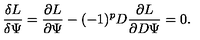
{ \frac { \delta L } { \delta \Psi } } = { \frac { \partial L } { \partial \Psi } } - ( - 1 ) ^ { p } D { \frac { \partial L } { \partial D \Psi } } = 0 .